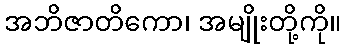
အဘိဇာတိကော၊ အမျိုးတို့ကို။